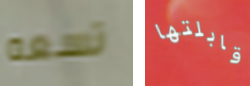
تسعه قابلتها